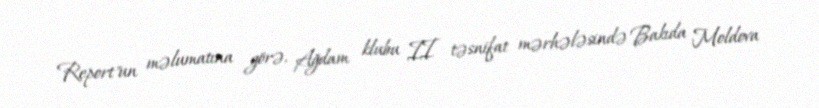
Report"un məlumatına görə, Ağdam klubu II təsnifat mərhələsində Bakıda Moldova